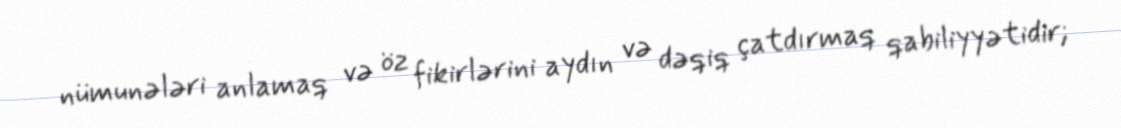
nümunələri anlamaq və öz fikirlərini aydın və dəqiq çatdırmaq qabiliyyətidir;